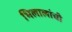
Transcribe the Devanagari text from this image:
भिलालांची